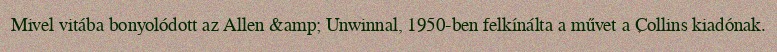
Mivel vitába bonyolódott az Allen &amp; Unwinnal, 1950-ben felkínálta a művet a Collins kiadónak.